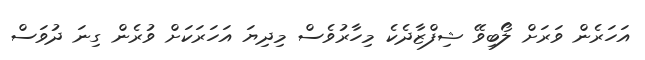
އަހަރެން ވަރަށް ލޯބިވޭ ޝިފްޒާދެކެ މިހާރުވެސް މިދިޔަ އަހަރަކަށް ވުރެން ގިނަ ދުވަސް